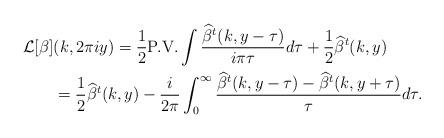
LaTeX: \begin{align*}\mathcal{L}[\beta]&(k,2\pi i y) = \frac{1}{2}\textrm{P.V.}\int \frac{\widehat{\beta}^t(k,y-\tau)}{i \pi \tau}d\tau + \frac{1}{2}\widehat{\beta}^t(k,y)\\&=\frac{1}{2}\widehat{\beta}^t(k,y) - \frac{i}{2\pi}\int_{0}^{\infty}\frac{\widehat{\beta}^t(k,y-\tau)-\widehat{\beta}^t(k,y+\tau)}{\tau}d\tau.\end{align*}